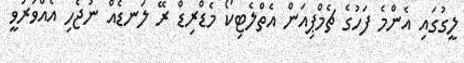
ލީގުގައި އެންމެ ފަހުގެ ޗެމްޕިއަން އެތްލެޓިކޯ މެޑްރިޑް ރޭ ލަނޑެއް ނުޖެހި އެއްވަރުވީ